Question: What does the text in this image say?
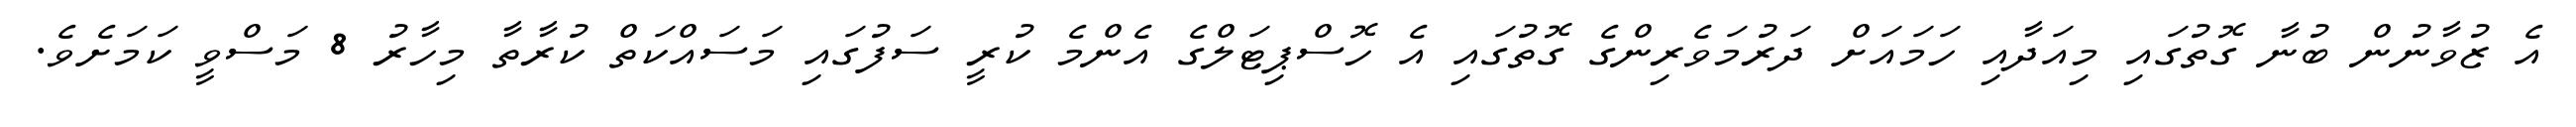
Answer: އެ ޒުވާނުން ބުނާ ގޮތުގައި މިއަދާއި ހަމައަށް ދަރުމަވެރިންގެ ގޮތުގައި އެ ހޮސްޕިޓަލްގެ އެންމެ ކުރީ ސަފުގައި މަސައްކަތް ކުރާތާ މިހާރު 8 މަސްވީ ކަމަށެވެ.